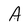
Character: A